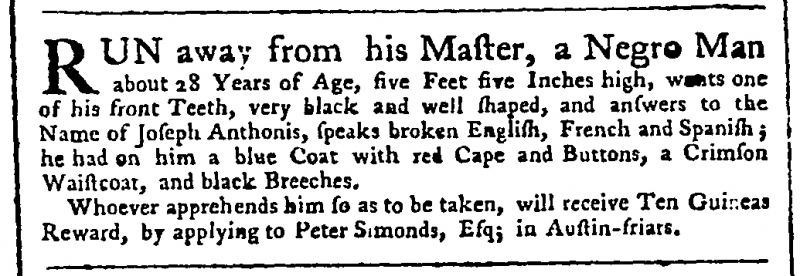
Public Advertiser, 22 July 1758 (England)
RUN away from his Master, a Negro Man about 28 Years of age, five Feet five Inches high, wants one of his front Teeth, very black and well shaped, and answers to the Name of Joseph Anthonis, speaks broken English, French and Spanish; he had on him a blue Coat with red Cape and Buttons, a Crimson Waistcoat, and black Breeches.  Whoever apprehends him so as to be taken, will receive Ten Guineas Reward, by applying to Peter Simonds, Esq; in Austin-friars.